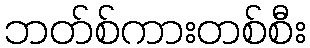
ဘတ်စ်ကားတစ်စီး